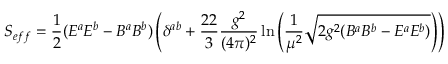
S _ { e f f } = \frac { 1 } { 2 } ( E ^ { a } E ^ { b } - B ^ { a } B ^ { b } ) \left( \delta ^ { a b } + \frac { 2 2 } { 3 } \frac { g ^ { 2 } } { ( 4 \pi ) ^ { 2 } } \ln \left( \frac { 1 } { \mu ^ { 2 } } \sqrt { 2 g ^ { 2 } ( B ^ { a } B ^ { b } - E ^ { a } E ^ { b } ) } \right) \right)